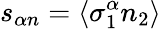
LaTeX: s_{\alpha n}=\langle\sigma_{1}^{\alpha}n_{2}\rangle